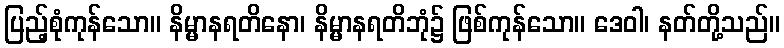
ပြည့်စုံကုန်သော။ နိမ္မာနရတိနော၊ နိမ္မာနရတိဘုံ၌ ဖြစ်ကုန်သော။ ဒေဝါ၊ နတ်တို့သည်။